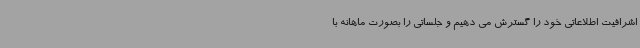
اشرافیت اطلاعاتی خود را گسترش می دهیم و جلساتی را بصورت ماهانه با